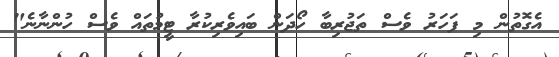
އެގޮތުން މި ފަހަރު ވެސް ތަޖުރިބާ ހޯދަން ބައިވެރިކުރާ ޓީމުތައް ވެސް ހުންނާނެ"